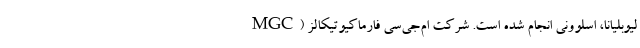
لیوبلیانا، اسلوونی انجام شده ‌است. شرکت ام‌جی‌سی فارماکیوتیکالز (MGC